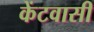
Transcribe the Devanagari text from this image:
केंटवासी